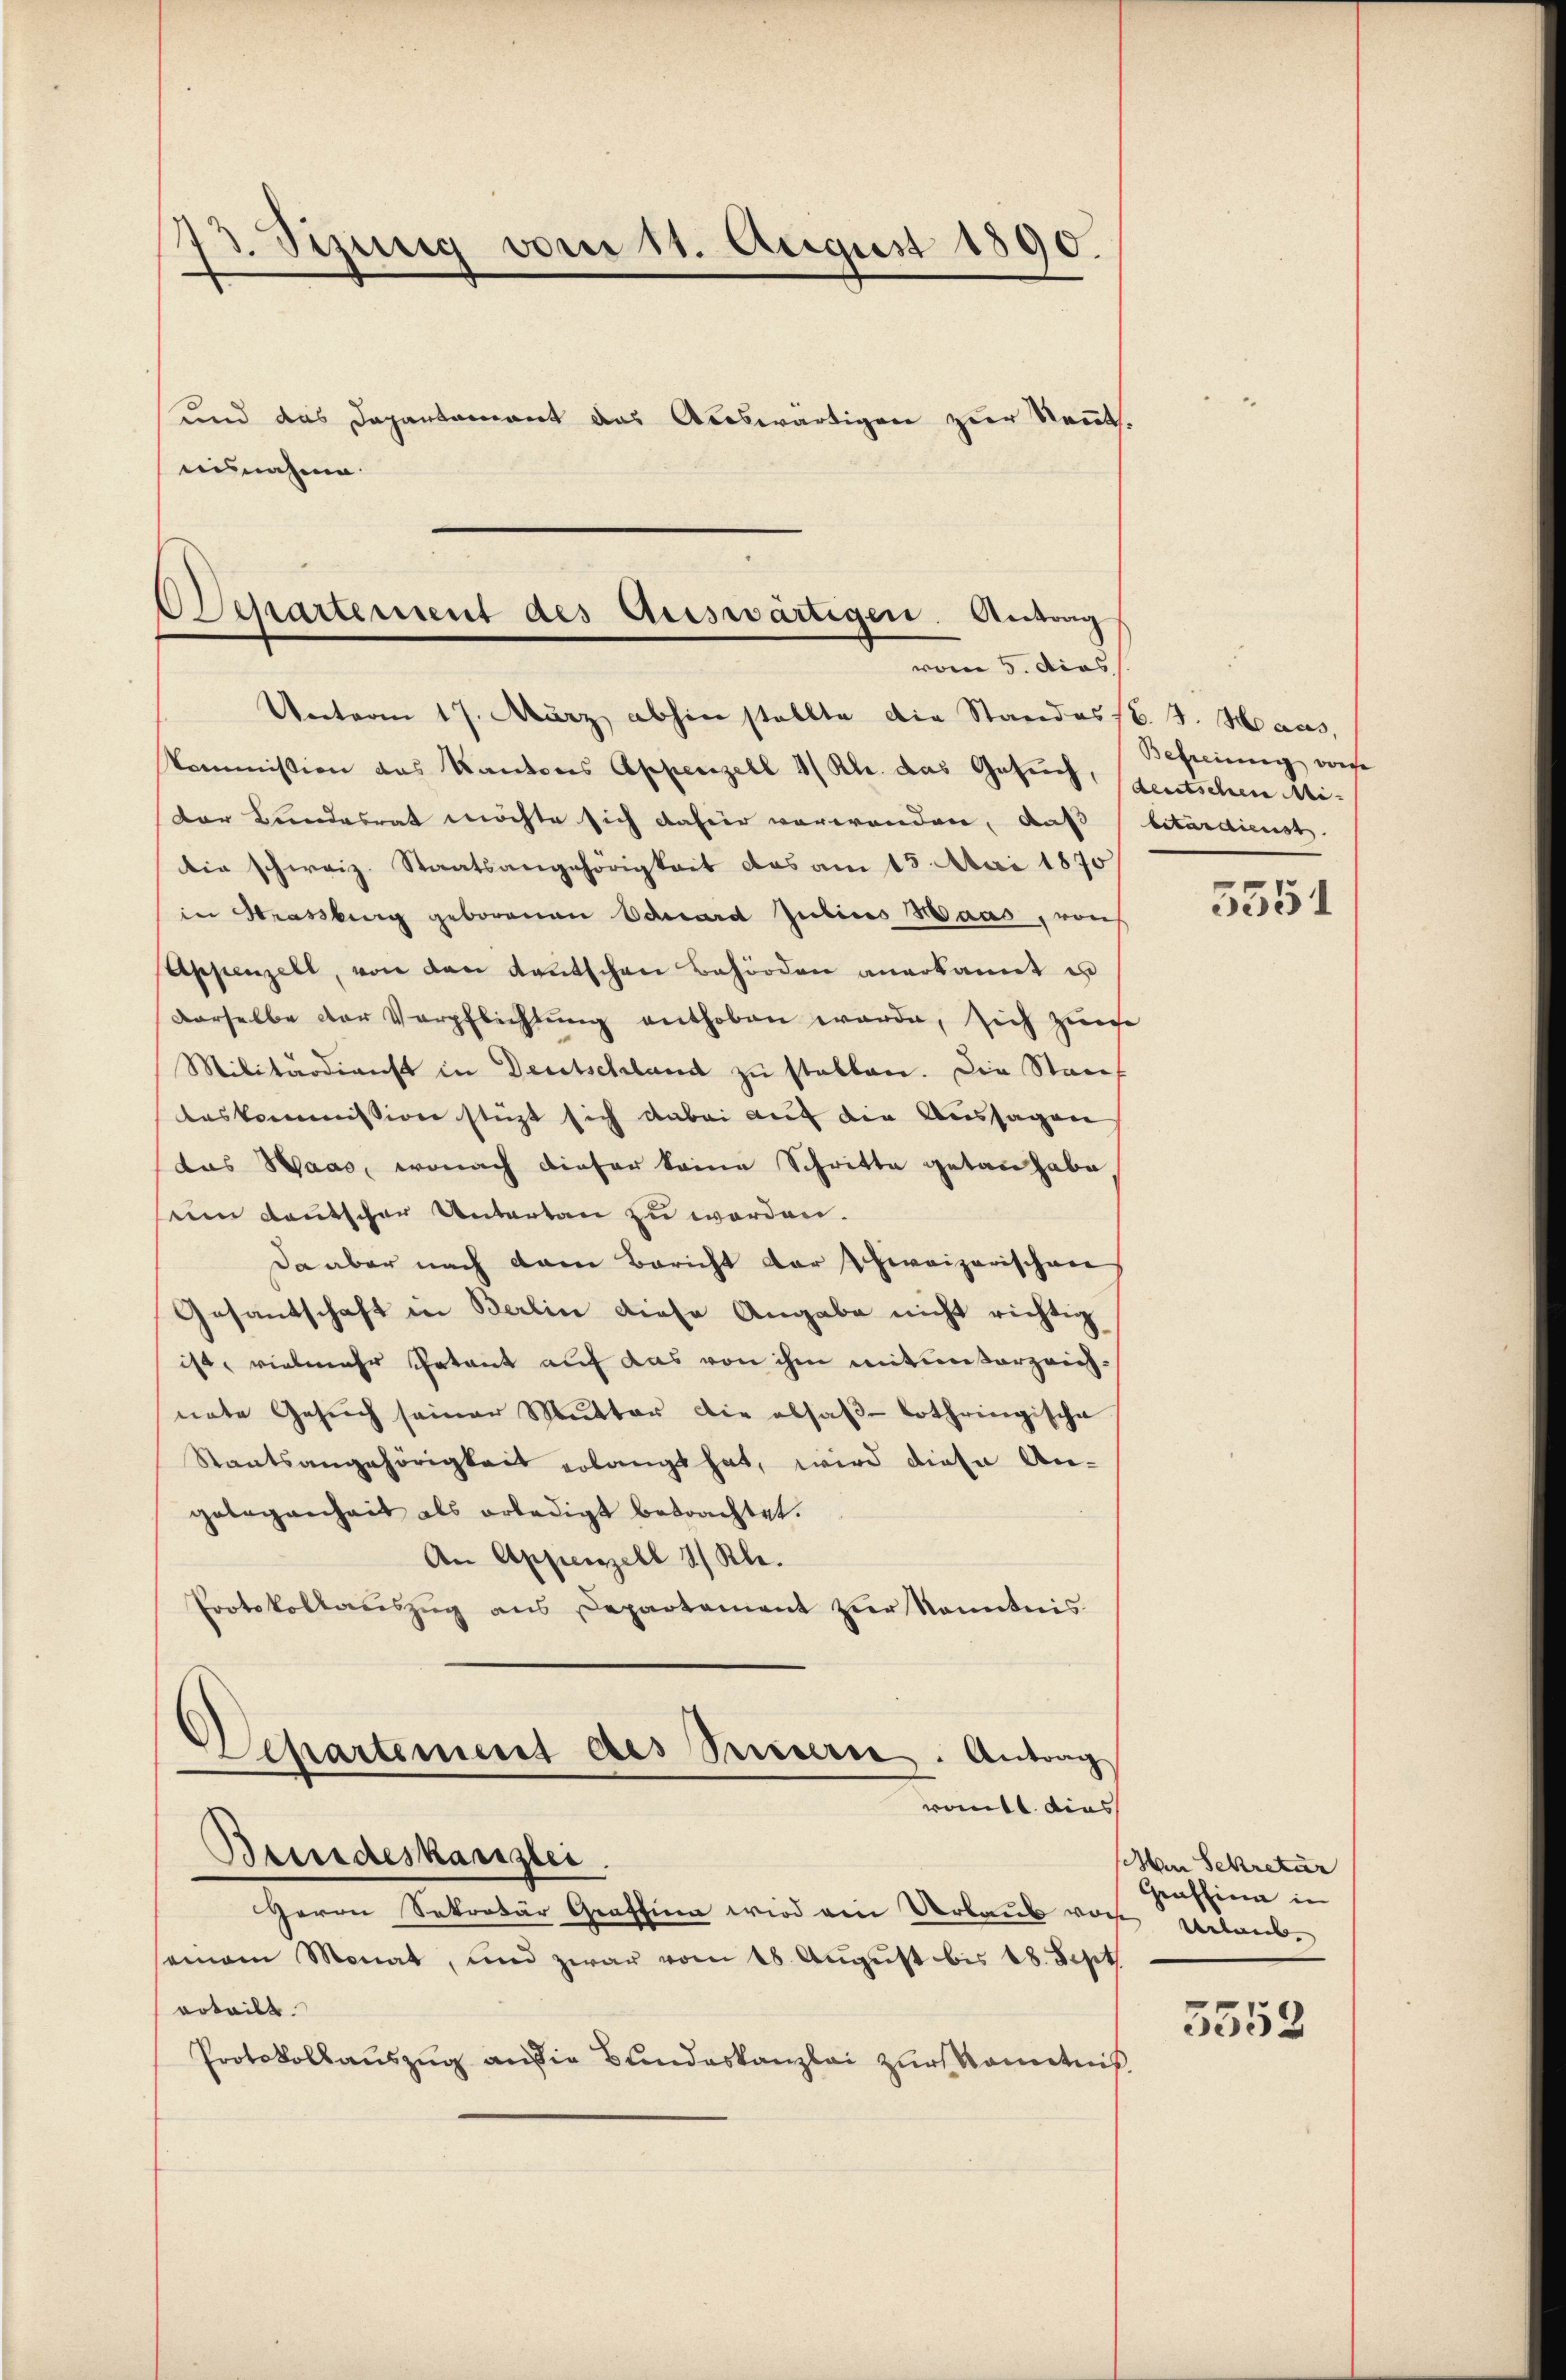
73. Sizung vom 11. August 1890.
und das Departament das Auswärtigen zur Kennt.
ausnahme.

Separtement des Auswärtigen. Antrag
vom 5. dies
Unterm 17. März abhin stellte die Standes (C. J. Haus,

Kommission das Kantons Appenzell I/Rh. das Gesuch,
der Landesrat möchte sich dahier verwenden, daß
die schweiz. Staatsangehörigkeit das am 13. Mai 1870
in Strassburg geborenen Eduard Julius Maas, von
Appenzell, von den Kautschen Behörden anerkannt is
derselbe der Verpflichtung enthoben werde, sich zwe
Militärdienst in Deutschland zu stellen. Die Staa
laskommission stüzt sich dabei auf die Aussagen
das Haas, wonach dieser keine Schritte getan habe
um deutscher Untertan zu worden.
Da aber nach dem Bericht der Schweizerischen
Gesandschaft in Berlin diese Angabe nicht richtig
ist, vielmehr Petent auf das von ihm mitunterzeichnate Gesŭch seiner Mutter die absaβ-Lothringische
Staatsangehörigkeit erlangt hat, wird diese An-
gelegenheit als erledigt betrachtet.
An Appenzell I. Kl.
Protokollauszug aus Departement zur Kenntnis
Departement des Seiterie. Antrag
ront dies
Brindeskanzlei.
Herrn Sekretär Grafsinn wird ein Verbaus wache Urlaub.
semam Monat, und zwar vom 18. August bis 18. Sept
vrteilt.
Protokollauszug an die Bundeskanzlei zur Kenntnis

Befreiung vonse
deutschen Mi- |
bitardienst

5551

An Sekretär
Grafsinn in

5552